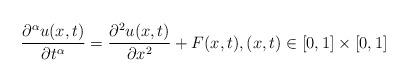
LaTeX: \begin{align*}\dfrac{\partial^\alpha u(x,t)}{\partial t^\alpha}=\dfrac{\partial^2 u(x,t)}{\partial x^2}+F(x,t),(x,t)\in [0,1]\times [0,1]\end{align*}